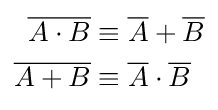
{\begin{aligned}{\overline {A\cdot B}}&\equiv {\overline {A}}+{\overline {B}}\\{\overline {A+B}}&\equiv {\overline {A}}\cdot {\overline {B}}\end{aligned}}